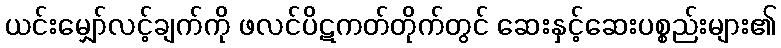
ယင်းမျှော်လင့်ချက်ကို ဖလင်ပိဋကတ်တိုက်တွင် ဆေးနှင့်ဆေးပစ္စည်းများ၏